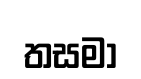
තසමා